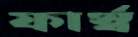
ফার্স্ব